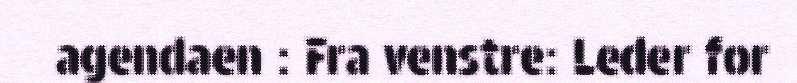
agendaen : Fra venstre: Leder for